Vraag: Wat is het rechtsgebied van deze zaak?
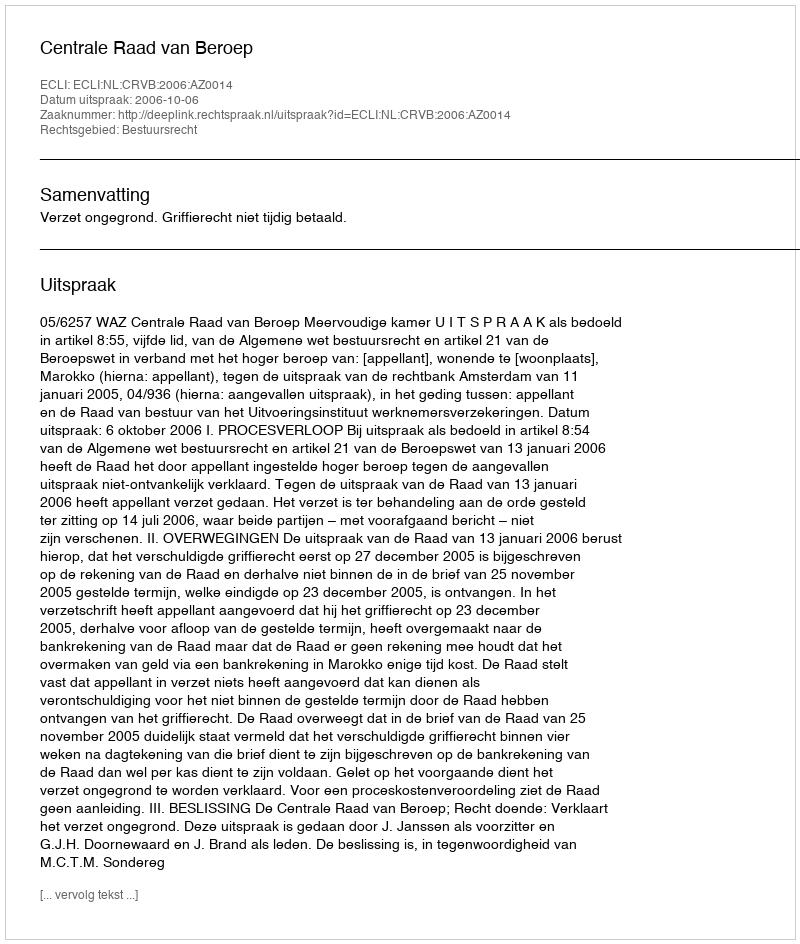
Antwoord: Bestuursrecht